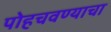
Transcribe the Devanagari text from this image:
पोहचवण्याचा